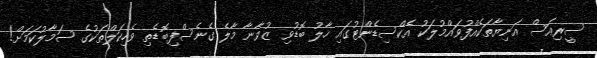
ސީރިއަސް އަނިޔާތަކެއްފުވައްމުލަކު އެކްސިޑެންޓުގައި ހާލު ބޮޑުވި ޒުވާނާ މާލެ ގެނެސްފިބޮޑެތި ވެހިކަލްތަކުގެ ސަމާލުކަމަށް!